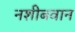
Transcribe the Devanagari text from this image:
नशीबवान